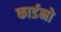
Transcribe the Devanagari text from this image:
कार्डनो